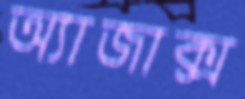
অ্যাজাক্স